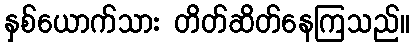
နှစ်ယောက်သား တိတ်ဆိတ်နေကြသည်။